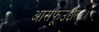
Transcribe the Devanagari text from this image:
आसफूउद्दौला।